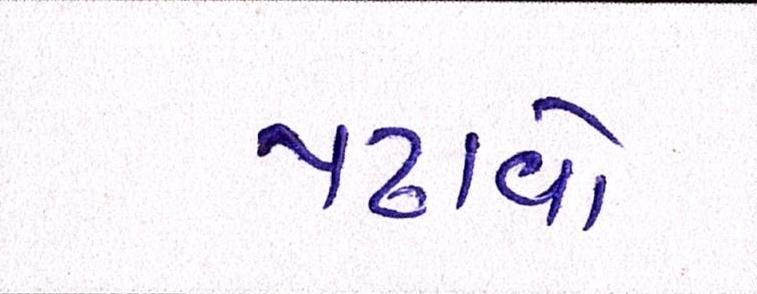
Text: પઢાવો